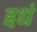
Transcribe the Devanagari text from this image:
इधं